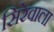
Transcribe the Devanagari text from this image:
सिरेवाला